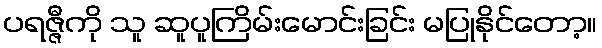
ပရဇ္ဇီကို သူ ဆူပူကြိမ်းမောင်းခြင်း မပြုနိုင်တော့။